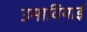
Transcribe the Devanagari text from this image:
उमावियाई